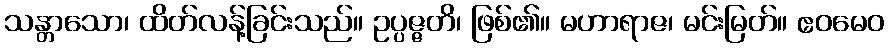
သန္တာသော၊ ထိတ်လန့်ခြင်းသည်။ ဥပ္ပဇ္ဇတိ၊ ဖြစ်၏။ မဟာရာဇ၊ မင်းမြတ်။ ဧဝမေဝ